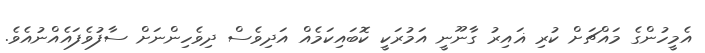
އެމީހުންގެ މައްޗަށް ކުރި ޣައިރު ގާނޫނީ އަމުރަކީ ކޮބައިކަމެއް އަދިވެސް ދިވެހިންނަށް ސާފުވެފައެއްނުއެވެ.